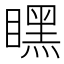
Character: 䁫